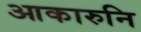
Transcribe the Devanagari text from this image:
आकारुनि